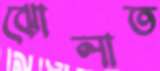
ঝোলাত